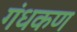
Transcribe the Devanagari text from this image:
गंधकण